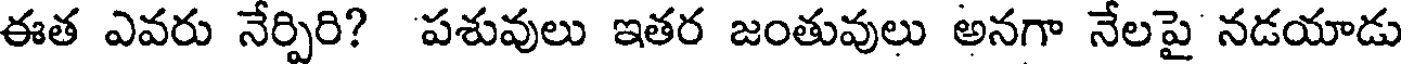
ఈత ఎవరు నేర్పిరి? పశువులు ఇతర జంతువులు అనగా నేలపై నడయాడు